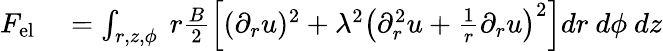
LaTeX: \begin{array}{rl}{{F}_{\mathrm{{el}}}}&{{}=\int_{r,z,\phi}\ r\frac{B}{2}\left[(\partial_{r}u)^{2}+\lambda^{2}\left(\partial_{r}^{2}u+\frac{1}{r}\partial_{r}u\right)^{2}\right]dr\ d\phi\ dz}\end{array}